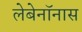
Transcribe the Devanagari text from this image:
लेबेनॉनास